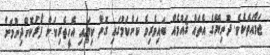
ޖަމާއަތެކެވެ. ދުނިޔޭގެ އެތައް ޤައުމެއް ބައިވެރިވެ ކަންކަމުގައި ގޮތް ކިޔައި އެހީތެރިކަން ފޯރުކޮށްދިނުމަށް